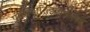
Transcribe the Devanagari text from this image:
पीटरमारित्झबर्गमध्ये